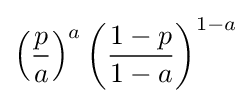
\left({\frac {p}{a}}\right)^{a}{\left({\frac {1-p}{1-a}}\right)}^{1-a}